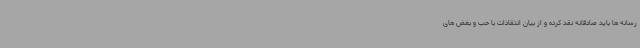
رسانه ها باید صادقانه نقد کرده و از بیان انتقادات با حب و بغض های